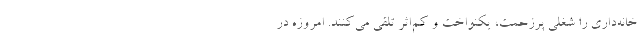
خانه‌داری را شغلی پرزحمت، یکنواخت و کم‌اثر تلقی می‌کنند. امروزه در